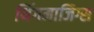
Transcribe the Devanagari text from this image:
थिंगमाजिग्स